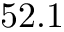
5 2 . 1